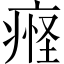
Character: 𬏴